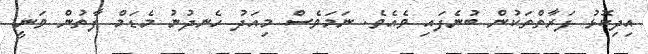
އިދިކޮޅު ފަރާތްތަކުން ބުނެފައި ވެއެވެ. ނަމަވެސް މިއަދު ހެނދުނު މެޑަމް ފާތުން ވަނީ